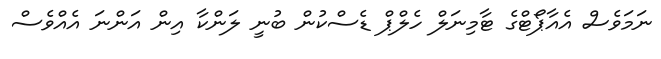
ނަމަވެސް އެއާޕޯޓްގެ ޓާމިނަލް ހެލްޕް ޑެސްކުން ބުނީ ލަންކާ އިން އަންނަ އެއްވެސް